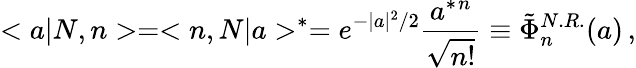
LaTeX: <a|N,n>=<n,N|a>^{*}=e^{-|a|^{2}/2}\frac{a^{*}{}^{n}}{\sqrt{n!}}\equiv\tilde{\Phi}_{n}^{N.R.}(a)\, ,